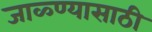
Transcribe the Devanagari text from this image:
जाळ्ण्यासाठी